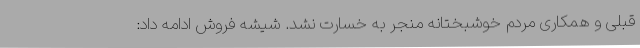
قبلی و همکاری مردم خوشبختانه منجر به خسارت نشد. شیشه فروش ادامه داد: